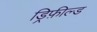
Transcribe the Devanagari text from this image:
ड्रिफ़ील्ड